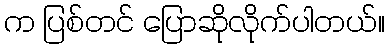
က ပြစ်တင် ပြောဆိုလိုက်ပါတယ်။